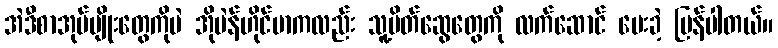
အဲဒီစာအုပ်မျိုးတွေကိုပဲ အိုပဲန်ဟိုင်မာကလည်း သူ့မိတ်ဆွေတွေကို လက်ဆောင် ပေးခဲ့ ပြန်ပါတယ်။